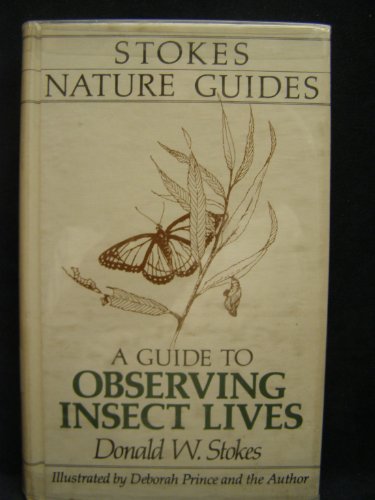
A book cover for A Guide to Observing Insect Lives (Stokes Nature Guides); Donald W. Stokes; Sports & Outdoors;